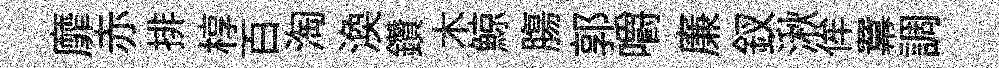
靡赤排椁百淘渙鑽木鯨膓郭嚼廉釵湫侔羃調